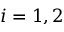
i = 1 , 2